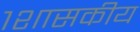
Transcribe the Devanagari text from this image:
१शासकीय